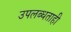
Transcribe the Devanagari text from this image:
उपलब्धताही